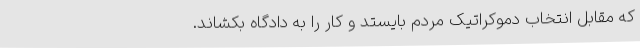
که مقابل انتخاب دموکراتیک مردم بایستد و کار را به دادگاه بکشاند.